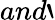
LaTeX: and`